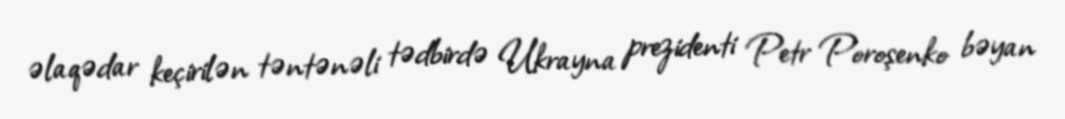
əlaqədar keçirilən təntənəli tədbirdə Ukrayna prezidenti Petr Poroşenko bəyan